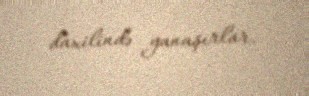
daxilində yanaşırlar.